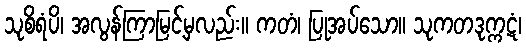
သုစိရံပိ၊ အလွန်ကြာမြင့်မှလည်း။ ကတံ၊ ပြုအပ်သော။ သုကတဒုက္ကဋံ၊